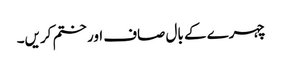
چہرے کے بال صاف اور ختم کریں۔